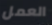
العمل